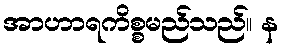
အာဟာရကိစ္စမည်သည်။ န